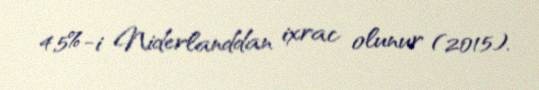
4,5%-i Niderlanddan ixrac olunur (2015).